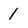
Character: 1